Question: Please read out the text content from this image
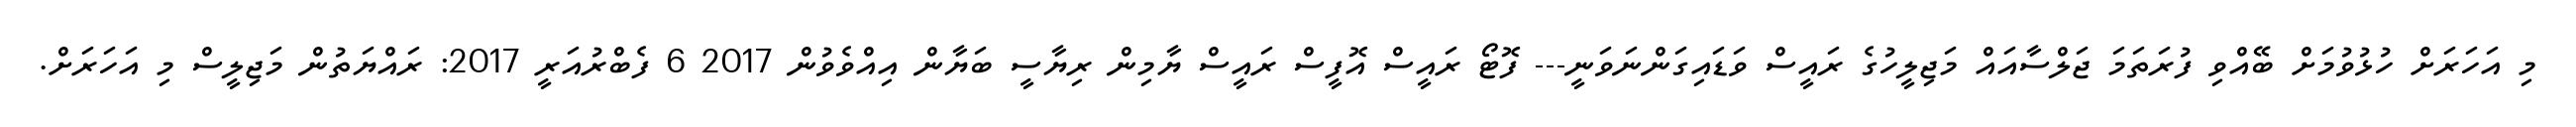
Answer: މި އަހަރަށް ހުޅުވުމަށް ބޭއްވި ފުރަތަމަ ޖަލްސާއައް މަޖިލީހުގެ ރައީސް ވަޑައިގަންނަވަނީ--- ފޮޓޯ ރައީސް އޮފީސް ރައީސް ޔާމިން ރިޔާސީ ބަޔާން އިއްވެވުން 2017 6 ފެބްރުއަރީ 2017: ރައްޔަތުން މަޖިލީސް މި އަހަރަށް.